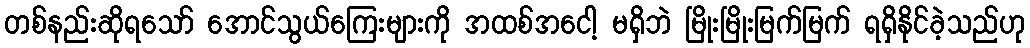
တစ်နည်းဆိုရသော် အောင်သွယ်ကြေးများကို အထစ်အငေါ့ မရှိဘဲ မြိုးမြိုးမြက်မြက် ရရှိနိုင်ခဲ့သည်ဟု